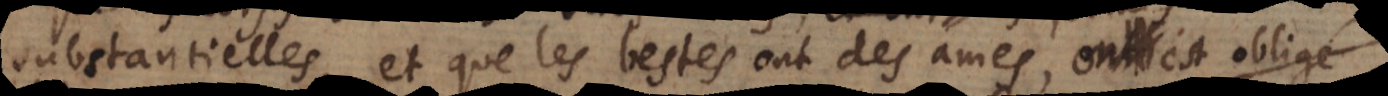
substantielles, et que les bestes ont des ames, on est oblig